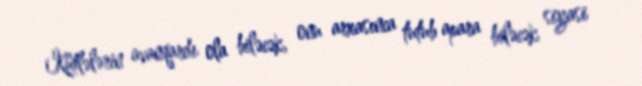
Kütlələrin avanqardı ola biləcək, onu arxasınca tutub apara biləcək siyasi